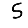
Digit: 5